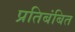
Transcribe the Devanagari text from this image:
प्रतिबंबित